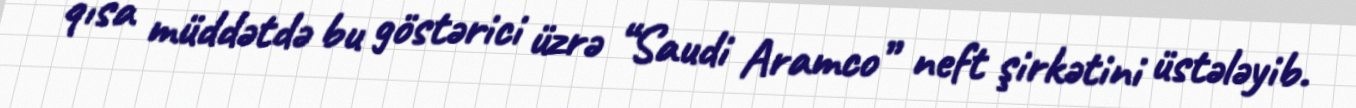
qısa müddətdə bu göstərici üzrə “Saudi Aramco” neft şirkətini üstələyib.